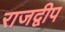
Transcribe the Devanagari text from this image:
राजद्वीप